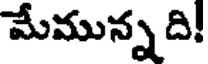
మేమున్న ది!